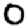
Digit: 0